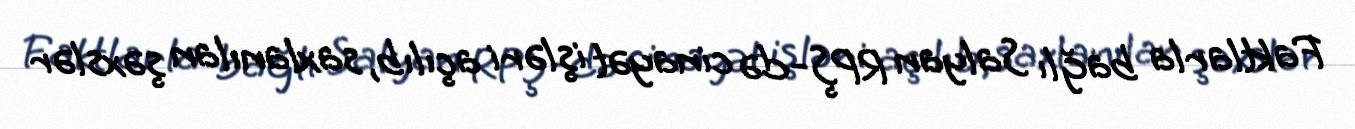
Faktlarla bağlı Salyan RPŞ-də cinayət işləri açılıb, saxlanılan şəxslər